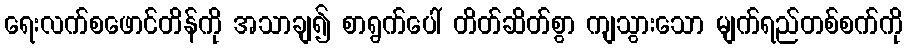
ရေးလက်စဖောင်တိန်ကို အသာချ၍ စာရွက်ပေါ် တိတ်ဆိတ်စွာ ကျသွားသော မျက်ရည်တစ်စက်ကို